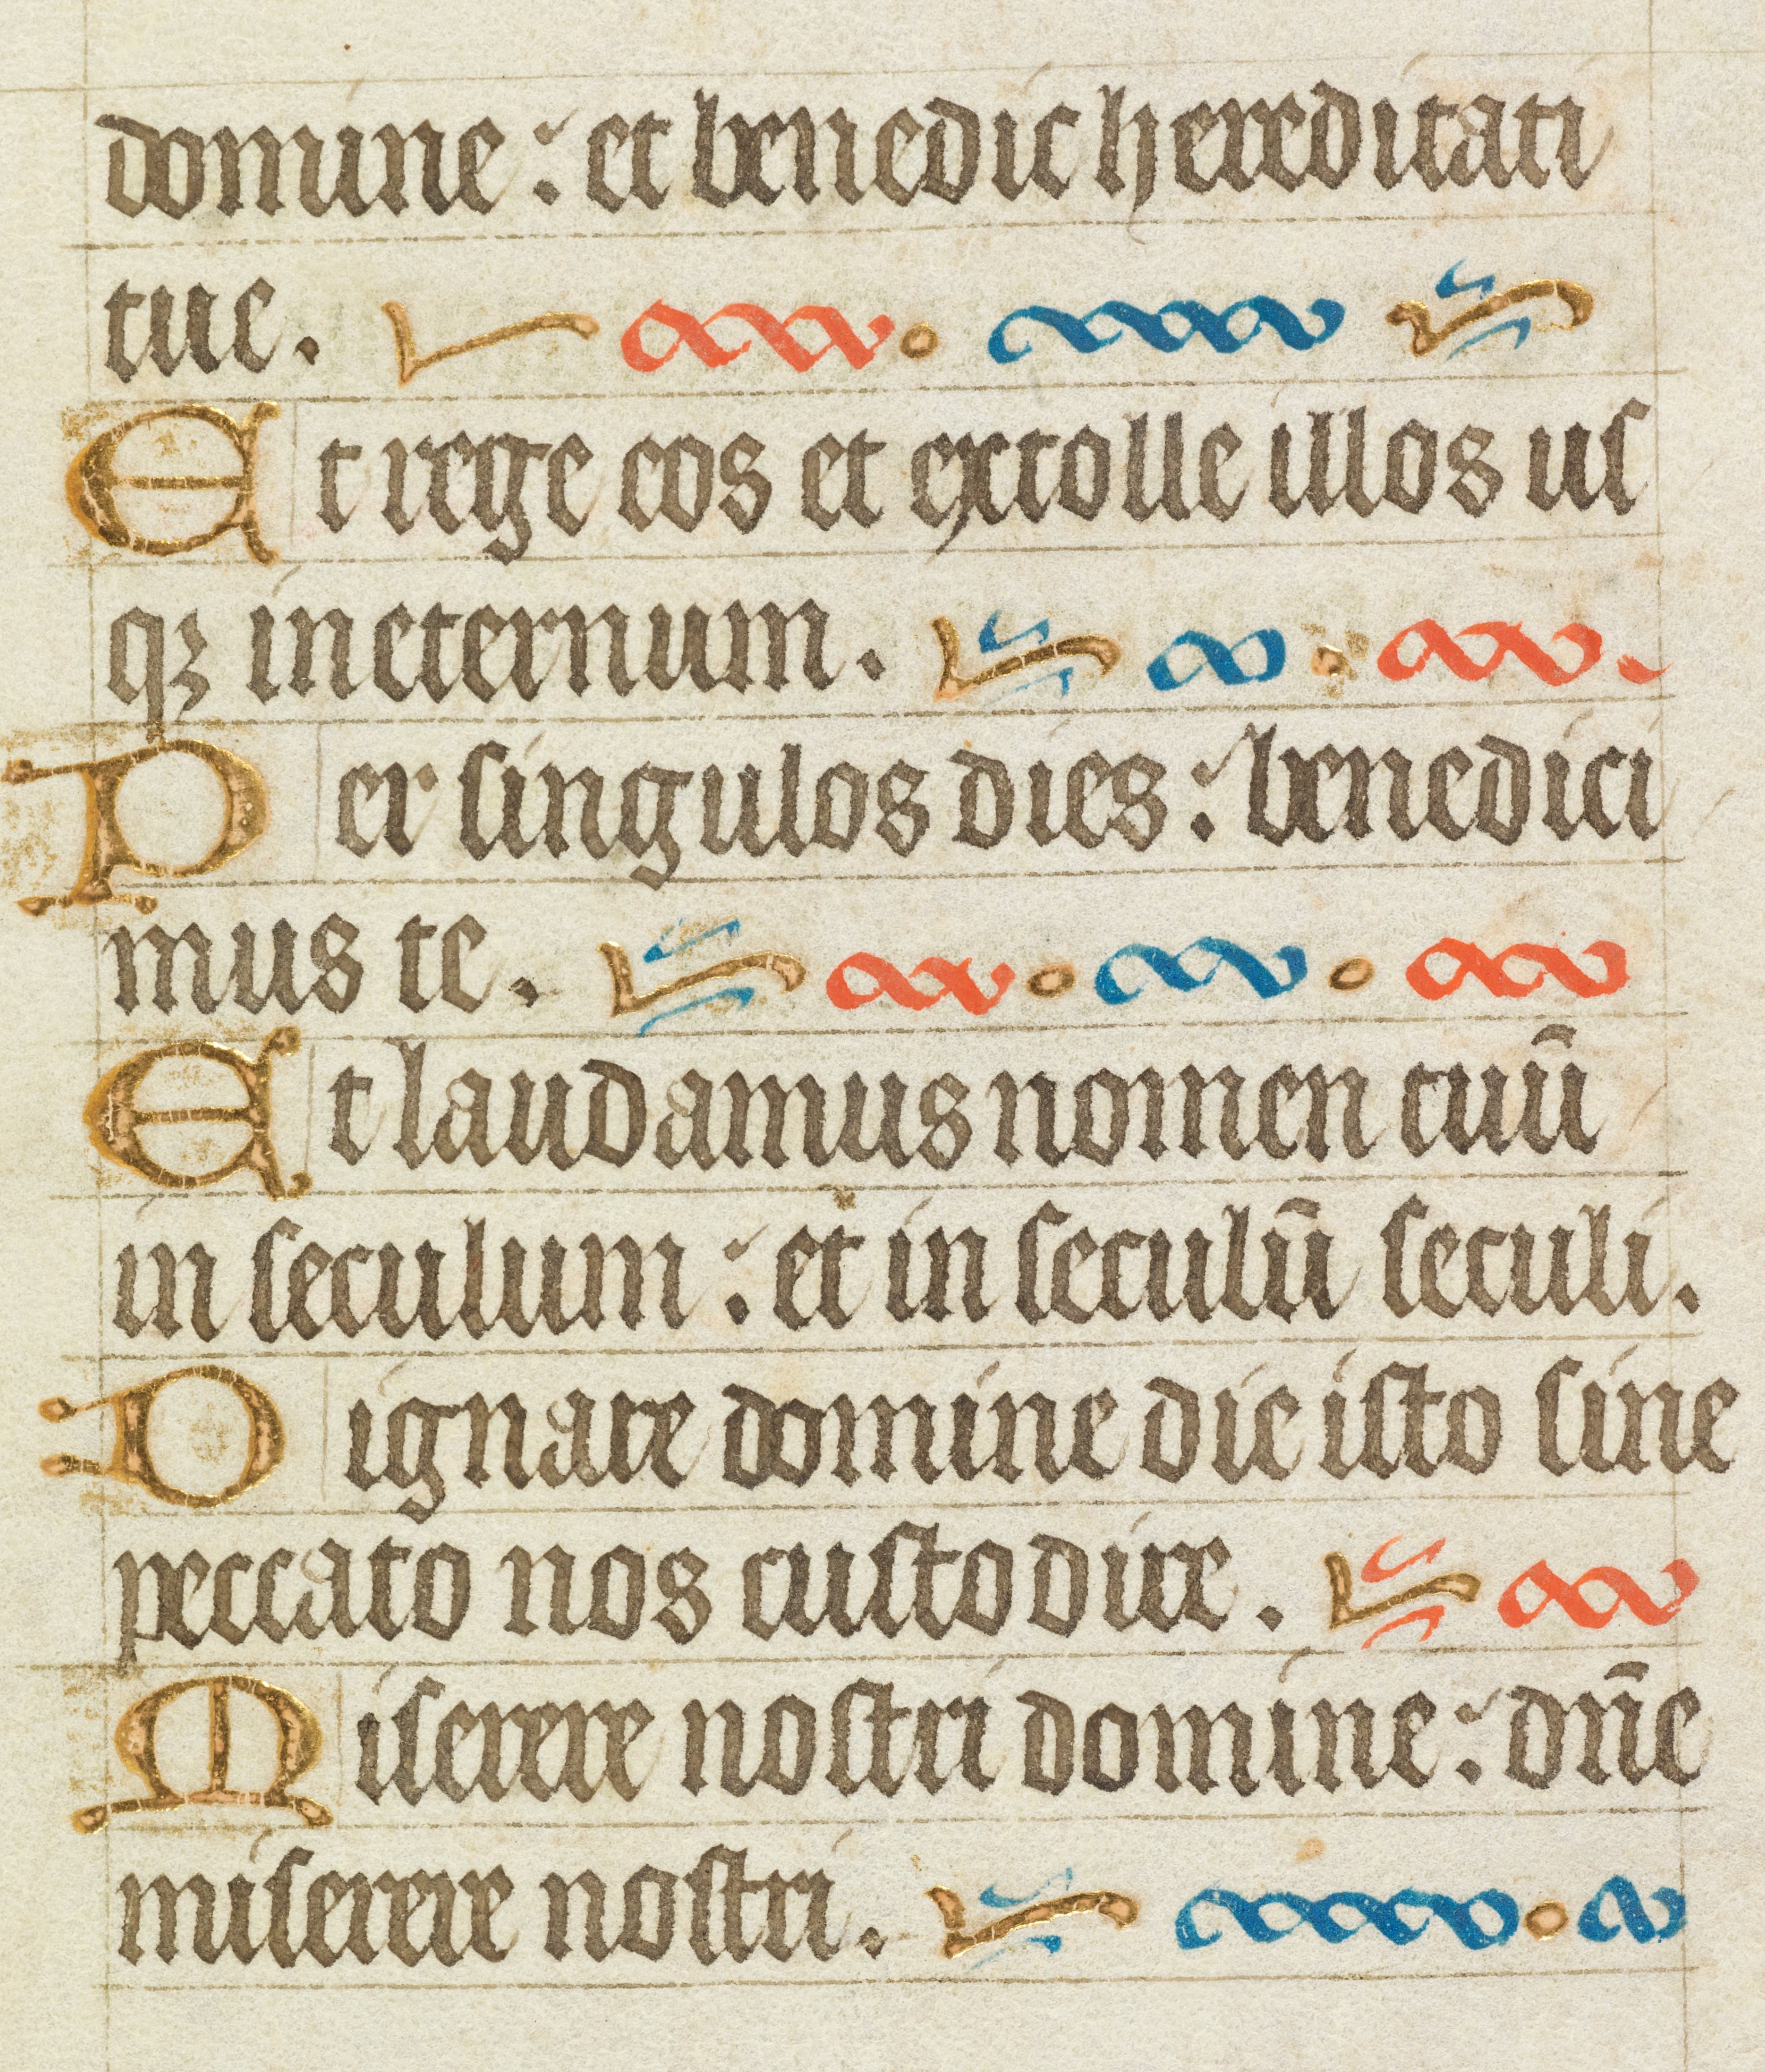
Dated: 1400–1415